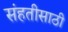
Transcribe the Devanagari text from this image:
संहतीसाठी